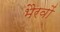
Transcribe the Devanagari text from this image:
भैरवों